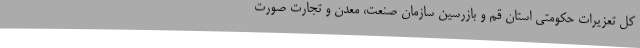
کل تعزیرات حکومتی استان قم و بازرسین سازمان صنعت، معدن و تجارت صورت